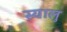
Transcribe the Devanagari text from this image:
स्यालु